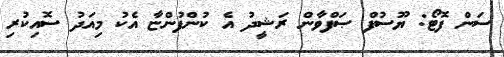
ސަން ފޮޓޯ: ޔޫސުފް ޞަފްވާން ރަޝީދު އެ ކުންފުންޏާ އެކު މިއަދު ސޮއިކުރި